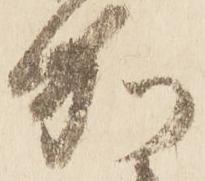
加